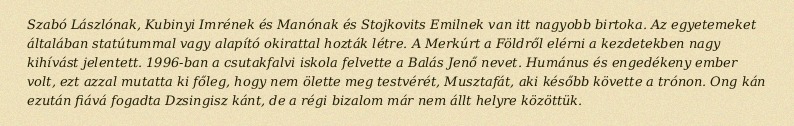
Szabó Lászlónak, Kubinyi Imrének és Manónak és Stojkovits Emilnek van itt nagyobb birtoka. Az egyetemeket általában statútummal vagy alapító okirattal hozták létre. A Merkúrt a Földről elérni a kezdetekben nagy kihívást jelentett. 1996-ban a csutakfalvi iskola felvette a Balás Jenő nevet. Humánus és engedékeny ember volt, ezt azzal mutatta ki főleg, hogy nem ölette meg testvérét, Musztafát, aki később követte a trónon. Ong kán ezután fiává fogadta Dzsingisz kánt, de a régi bizalom már nem állt helyre közöttük.